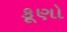
કૂણો